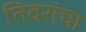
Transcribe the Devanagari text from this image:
तिवरांचा